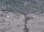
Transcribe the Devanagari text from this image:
डब्ल्यूटीएसी